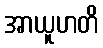
အာယူဟတိ